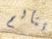
تتألم